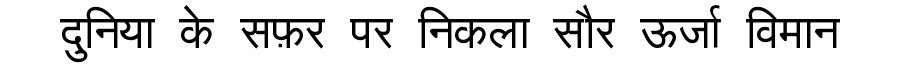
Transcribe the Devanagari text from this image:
दुनिया के सफ़र पर निकला सौर ऊर्जा विमान